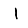
Digit: 1